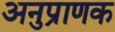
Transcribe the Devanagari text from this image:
अनुप्राणक